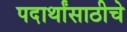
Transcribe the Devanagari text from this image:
पदार्थांसाठीचे